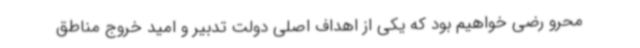
محرو رضی خواهیم بود که یکی از اهداف اصلی دولت تدبیر و امید خروج مناطق